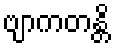
ဗျာကတန္တိ